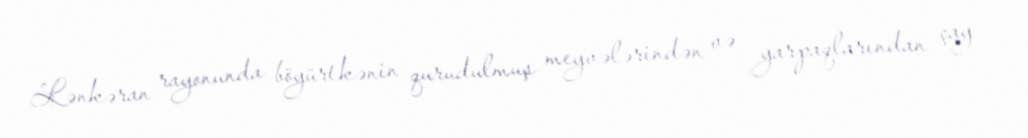
Lənkəran rayonunda böyürtkənin qurudulmuş meyvələrindən və yarpaqlarından çay